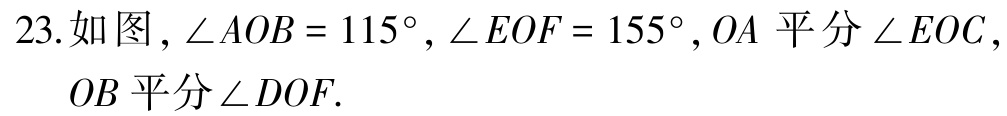
23.如图，\(\angle AOB = 115^{\circ},\angle EOF = 155^{\circ},OA\)平分\(\angle EOC\)，\(OB\)平分\(\angle DOF\).